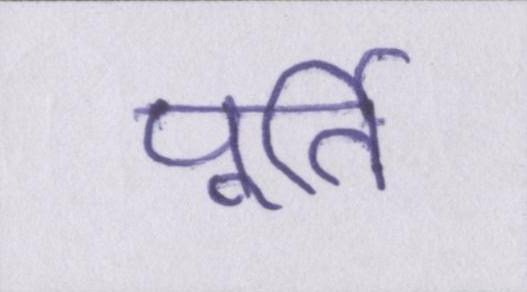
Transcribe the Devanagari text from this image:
पूर्ति